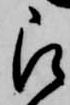
被